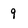
Character: 9